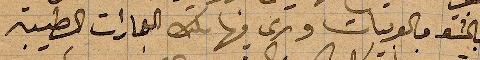
بال... والعربيات وترى فيها هناك العمارات الطيبة